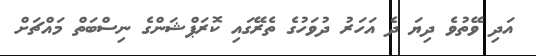
އަދި ވޭތުވެ ދިޔަ ދެ އަހަރު ދުވަހުގެ ތެރޭގައި ކޮރަޕްޝަންގެ ނިސްބަތް މައްޗަށް